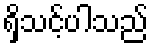
ရှိသင့်ပါသည်